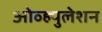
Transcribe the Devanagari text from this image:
ओव्ह्युलेशन